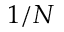
1 / N